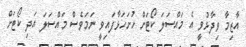
އާޒިމާ ވިދާޅުވީ އެ މައްސަލަ ކޯޓަށް ހުށަހަޅާފައިވީ ނަމަވެސް މައްސަލަ އަދި ކޯޓަށް